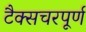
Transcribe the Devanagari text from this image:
टैक्सचरपूर्ण